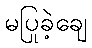
မပြုခဲ့ချေ